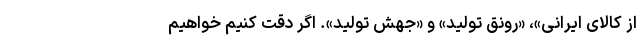
از کالای ایرانی»، «رونق تولید» و «جهش تولید». اگر دقت کنیم خواهیم